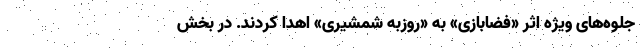
جلوه‌های ویژه اثر «فضابازی» به «روزبه شمشیری» اهدا کردند. در بخش